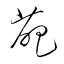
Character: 葩